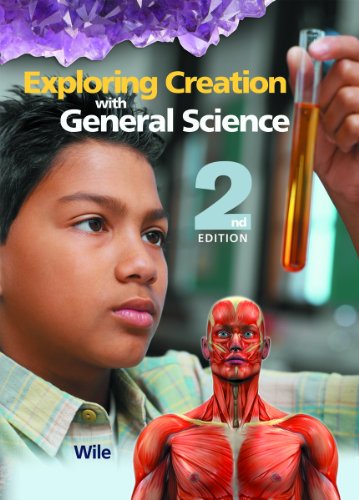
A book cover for Exploring Creation with General Science, 2nd Edition (Textbook Only); Dr. Jay L. Wile; Education & Teaching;